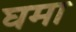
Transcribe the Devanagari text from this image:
घमा